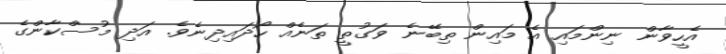
އެހީވާން ނިންމައި އެ މައިން ތިބޭނެ ވަގުތީ ތަނެއް ހޯދައިދިނެވެ. އަދި މުސްކާންގެ